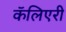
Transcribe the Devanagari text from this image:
कॅलिएरी